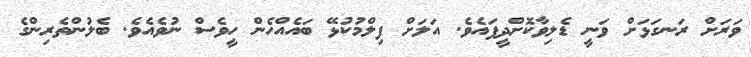
ވަރަށް ރަނގަޅަށް ވަނީ ޑެލިވާކޮށްދީފައެވެ. އަލަށް ފިލްމުކުޅޭ ބައެއްހެން ހީވެސް ނުވެއެވެ. ބެލުންތެރިންގެ